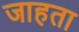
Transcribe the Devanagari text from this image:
जाहता